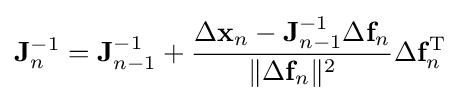
\mathbf {J} _{n}^{-1}=\mathbf {J} _{n-1}^{-1}+{\frac {\Delta \mathbf {x} _{n}-\mathbf {J} _{n-1}^{-1}\Delta \mathbf {f} _{n}}{\|\Delta \mathbf {f} _{n}\|^{2}}}\Delta \mathbf {f} _{n}^{\mathrm {T} }